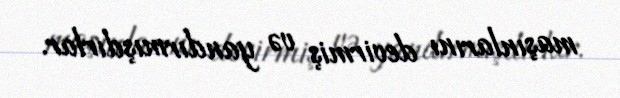
maşınlarını devirmiş və yandırmışdırlar.